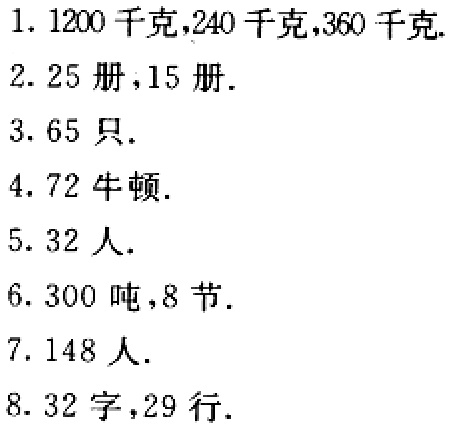
1. \(1200\)千克,\(240\)千克,\(360\)千克.

2. \(25\)册,\(15\)册.

3. \(65\)只.

4. \(72\)牛顿.

5. \(32\)人.

6. \(300\)吨,\(8\)节.

7. \(148\)人.

8. \(32\)字,\(29\)行.